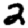
Digit: 2